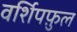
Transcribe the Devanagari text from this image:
वर्शिपफ़ुल